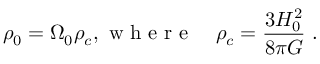
\rho _ { 0 } = \Omega _ { 0 } \rho _ { c } , \mathrm { ~ w ~ h ~ e ~ r ~ e ~ } \quad \rho _ { c } = \frac { 3 H _ { 0 } ^ { 2 } } { 8 \pi G } \ .